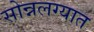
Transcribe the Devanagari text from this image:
सोन्नलग्यात